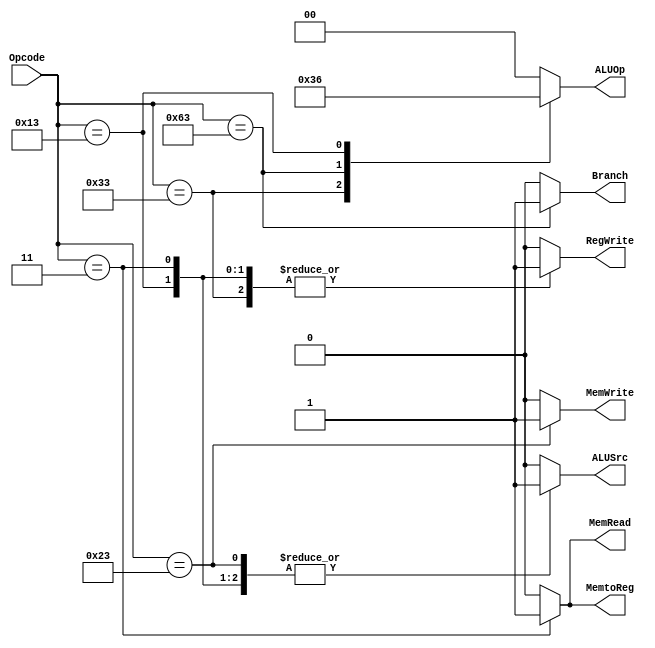
`timescale 1ns / 1ps

module Control_Unit(
    input [6:0] Opcode,
    output reg Branch,
    output reg MemRead,
    output reg MemtoReg,
    output reg [1:0]ALUOp,
    output reg MemWrite,
    output reg ALUSrc,
    output reg RegWrite
    );
    always @*
        begin
            case(Opcode)
                7'b0110011:
                begin
                    ALUSrc <= 0;
                    MemtoReg <= 0;
                    RegWrite <= 1;
                    MemRead <= 0;
                    MemWrite <= 0;
                    Branch <= 0;
                    ALUOp <= 2'b11;
                end
                7'b0000011:
                begin
                    ALUSrc <= 1;
                    MemtoReg <= 1;
                    RegWrite <= 1;
                    MemRead <= 1;
                    MemWrite <= 0;
                    Branch <= 0;
                    ALUOp <= 2'b00;
                end
                7'b0100011:
                begin
                    ALUSrc <= 1;
                    MemtoReg <= 0;
                    RegWrite <= 0;
                    MemRead <= 0;
                    MemWrite <= 1;
                    Branch <= 0;
                    ALUOp <= 2'b00;
                end
                7'b1100011:
                begin
                    ALUSrc <= 0;
                    MemtoReg <= 0;
                    RegWrite <= 0;
                    MemRead <= 0;
                    MemWrite <= 0;
                    Branch <= 1;
                    ALUOp <= 2'b01;
                end
                7'b0010011:
                begin
                    ALUSrc <= 1;
                    MemtoReg <= 0;
                    RegWrite <= 1;
                    MemRead <= 0;
                    MemWrite <= 0;
                    Branch <= 0;
                    ALUOp <= 2'b10;
                end
                default:
                begin
                    ALUSrc <= 0;
                    MemtoReg <= 0;
                    RegWrite <= 0;
                    MemRead <= 0;
                    MemWrite <= 0;
                    Branch <= 0;
                    ALUOp <= 2'b00;
                end
            endcase
        end   
endmodule